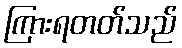
ကြားရတတ်သည်